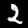
Label: 2